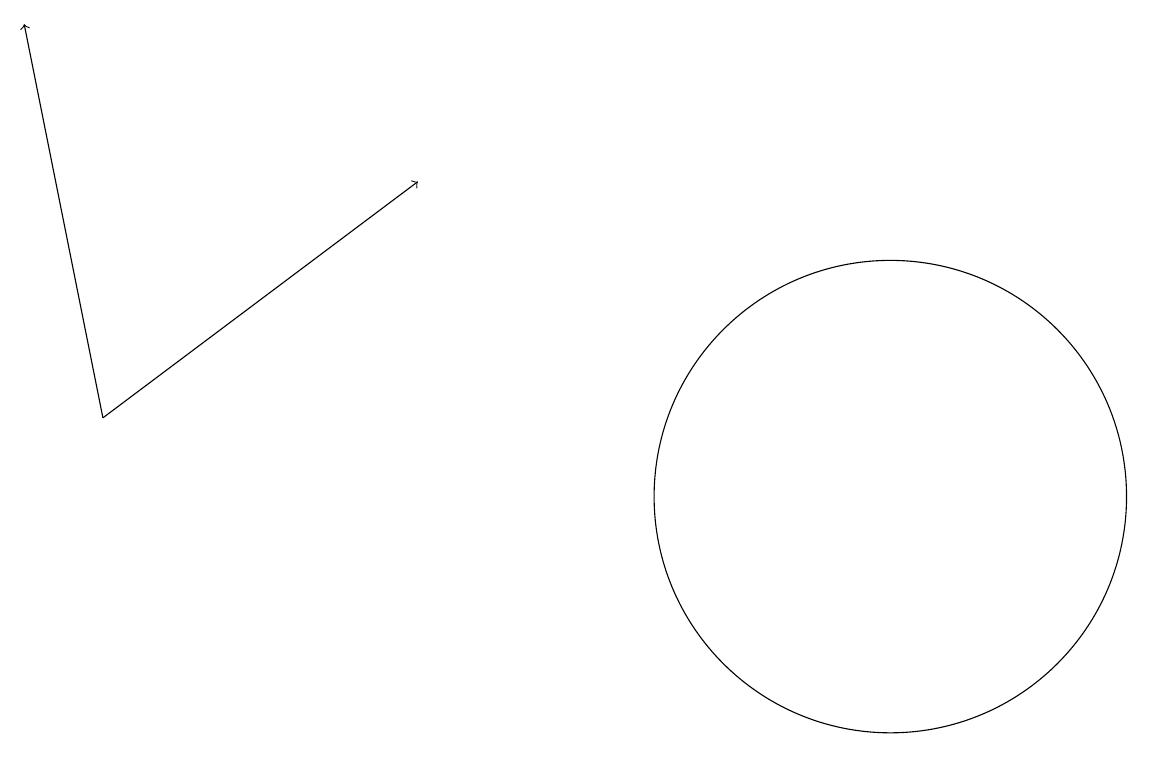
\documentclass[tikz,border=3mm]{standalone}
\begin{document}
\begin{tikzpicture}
\draw (12,11) circle (3);
\draw[->] (2,12) -- (1,17);
\draw (10,11) circle (0);
\draw[->] (2,12) -- (6,15);
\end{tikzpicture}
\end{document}